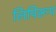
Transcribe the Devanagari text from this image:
लिपिरूप